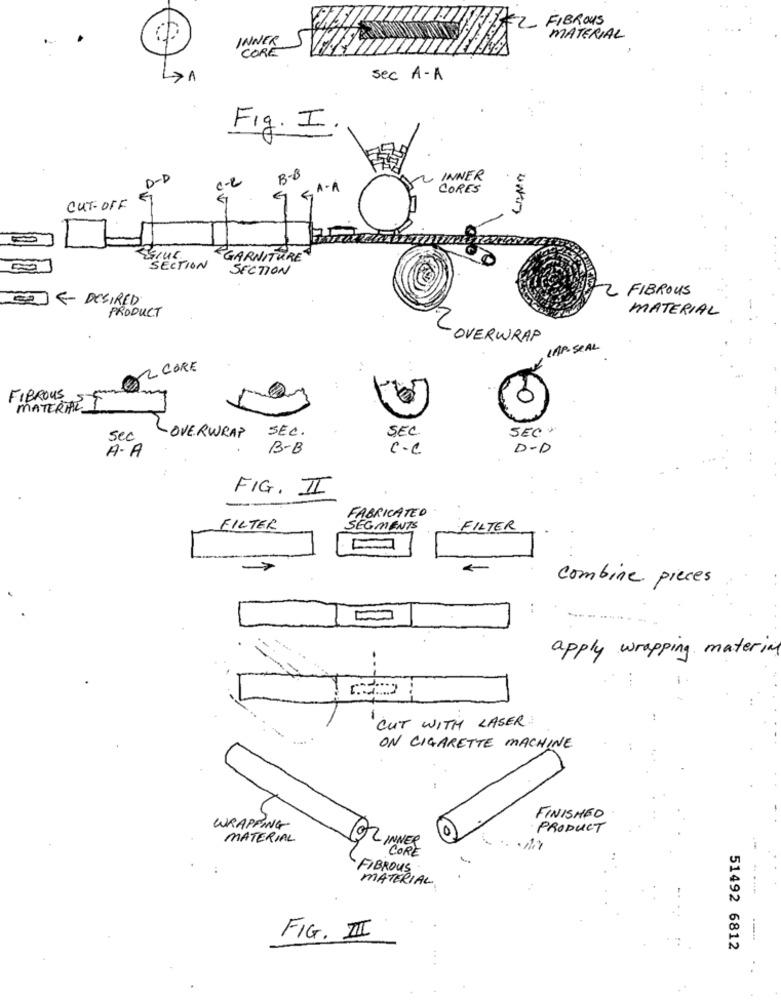
FIBROUS
INNER
MATERIAL
CORE
>1
sec A-A
Fig. I.
B- B
D-D
c-2
INNER
IGA.A
CORES
CUT-OFF
UND
GARNITURE
SECTION
SECTION
- FIBROUS
SI & DESIRED
PRODUCT
MATERIAL
-OVERWRAP
LAP SEAL
2 CORE
FIBROUS
MATERIAL I
SEC.
SEC.
SEC
sec
-OVERWRAP
B-B
C.C
D-D
A.A
FIG. II
FABRICATED
FILTER
FILTER
combine pieces
apply wrapping material
CUT WITH LASER
ON CIGARETTE MACHINE
FINISHED
WRAPPING
PRODUCT
MATERIAL
@2 INNER
"CORE
FIBROUS
MATERIAL
FIG. I
51492 6812